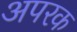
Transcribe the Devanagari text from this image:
अपरक